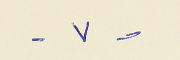
- ٧ -